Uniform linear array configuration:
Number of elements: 16
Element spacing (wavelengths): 0.75
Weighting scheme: cosine
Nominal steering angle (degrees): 60
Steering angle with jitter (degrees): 61.025
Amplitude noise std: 0.05
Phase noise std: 0.05

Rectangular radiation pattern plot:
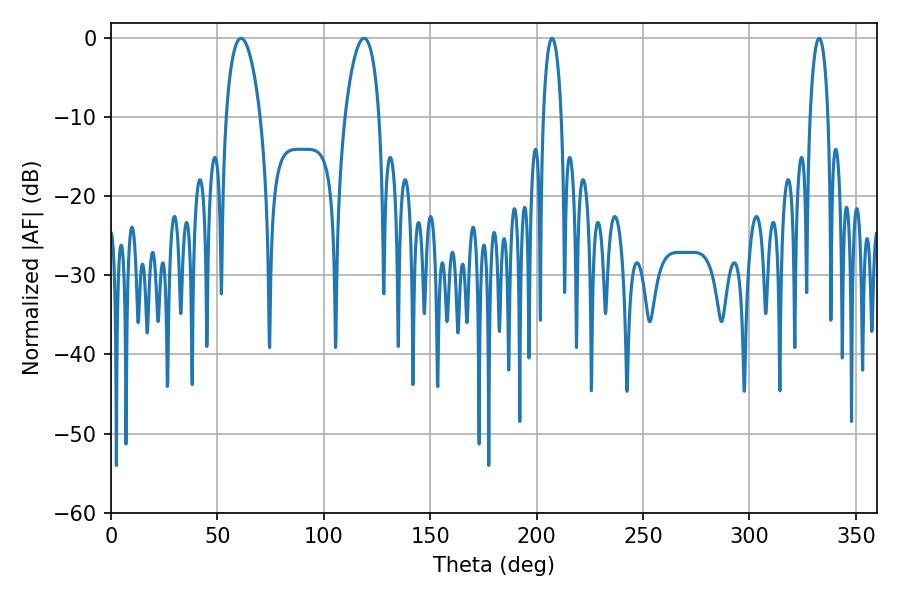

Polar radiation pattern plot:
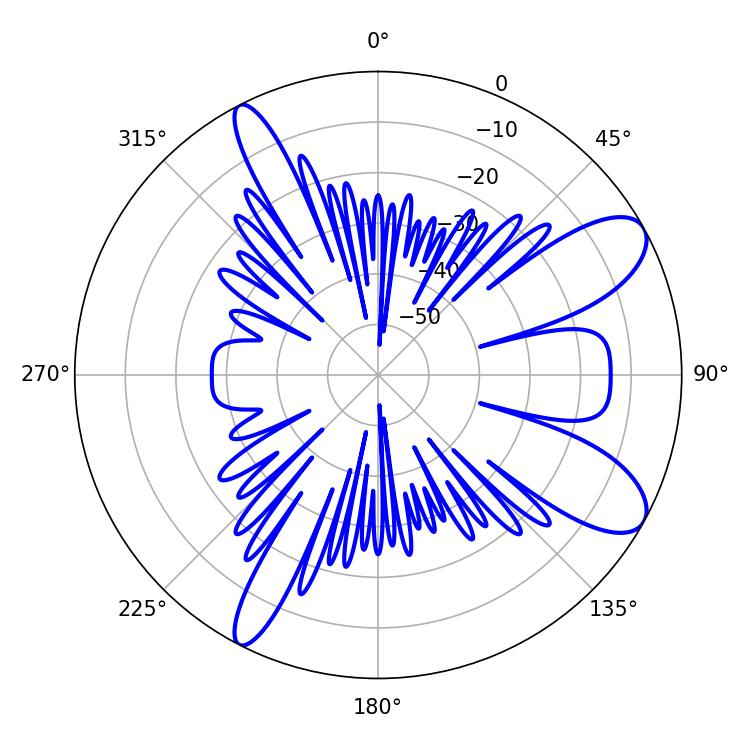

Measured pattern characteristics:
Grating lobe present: TRUE
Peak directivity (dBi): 9.486
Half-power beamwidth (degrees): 9.18
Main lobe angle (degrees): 61.02